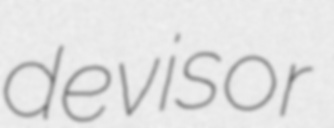
devisor